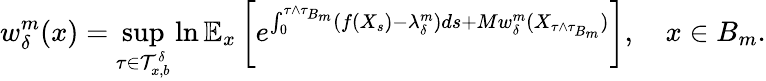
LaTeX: w_{\delta}^{m}(x)=\operatorname*{sup}_{\tau\in\mathcal{T}_{x,b}^{\delta}}\ln\mathbb{E}_{x}\left[e^{\int_{0}^{\tau\wedge\tau_{B_{m}}}(f(X_{s})-\lambda_{\delta}^{m})ds+Mw_{\delta}^{m}(X_{\tau\wedge\tau_{B_{m}}})}\right],\quad x\in B_{m}.